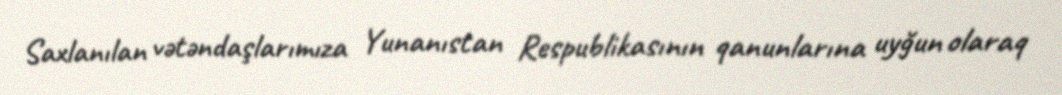
Saxlanılan vətəndaşlarımıza Yunanıstan Respublikasının qanunlarına uyğun olaraq